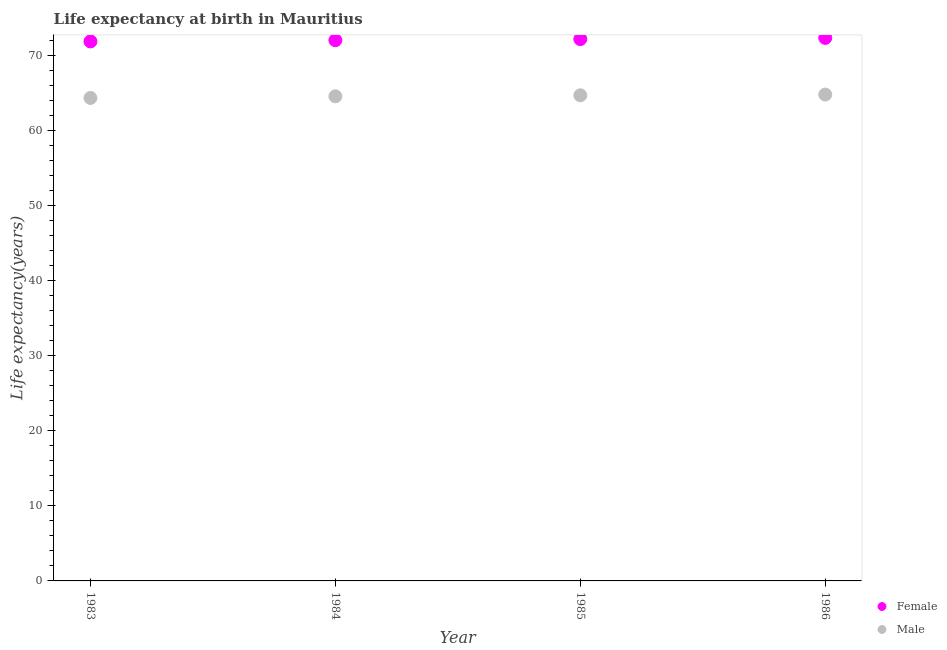
| Year | Female | Male |
 | --- | --- | --- |
 | 1983 | 71.9 | 64.4 |
 | 1984 | 72.1 | 64.6 |
 | 1985 | 72.2 | 64.7 |
 | 1986 | 72.4 | 64.8 |